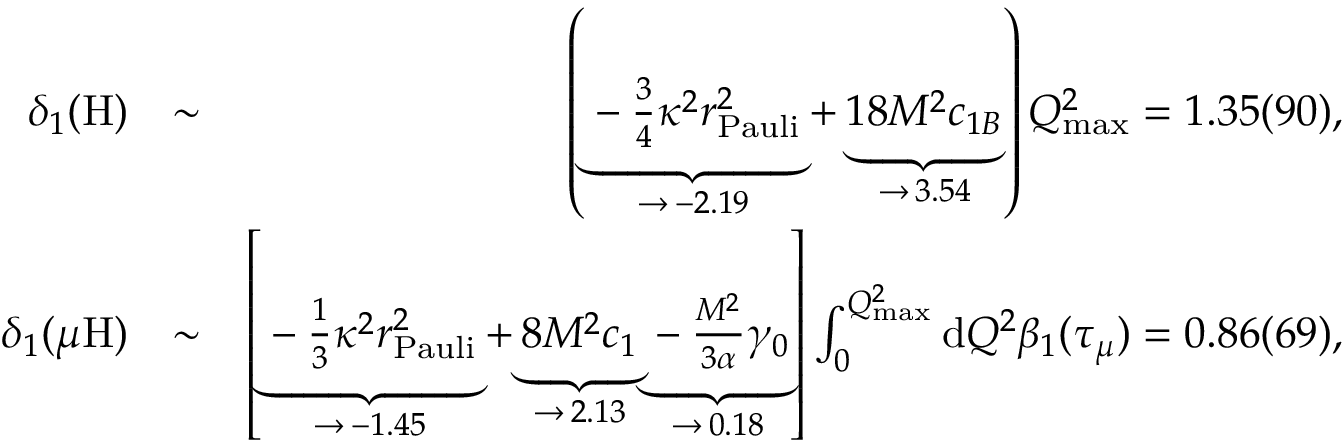
\begin{array} { r l r } { \delta _ { 1 } ( \mathrm { H } ) } & { \sim } & { \left( \underbrace { - \frac { 3 } { 4 } \kappa ^ { 2 } r _ { \mathrm { P a u l i } } ^ { 2 } } _ { \rightarrow \, - 2 . 1 9 } + \underbrace { 1 8 M ^ { 2 } c _ { 1 B } } _ { \rightarrow \, 3 . 5 4 } \right) Q _ { \mathrm { m a x } } ^ { 2 } = 1 . 3 5 ( 9 0 ) , } \\ { \delta _ { 1 } ( \mu \mathrm { H } ) } & { \sim } & { \left[ \underbrace { - \frac { 1 } { 3 } \kappa ^ { 2 } r _ { \mathrm { P a u l i } } ^ { 2 } } _ { \rightarrow \, - 1 . 4 5 } + \underbrace { 8 M ^ { 2 } c _ { 1 } } _ { \rightarrow \, 2 . 1 3 } \underbrace { - \frac { M ^ { 2 } } { 3 \alpha } \gamma _ { 0 } } _ { \rightarrow \, 0 . 1 8 } \right] \int _ { 0 } ^ { Q _ { \mathrm { m a x } } ^ { 2 } } \mathrm { d } Q ^ { 2 } \beta _ { 1 } ( \tau _ { \mu } ) = 0 . 8 6 ( 6 9 ) , } \end{array}